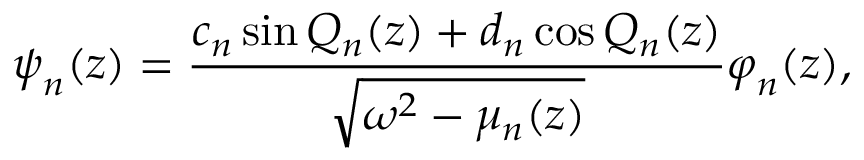
\boldsymbol { \psi } _ { n } ( z ) = \frac { c _ { n } \sin Q _ { n } ( z ) + d _ { n } \cos Q _ { n } ( z ) } { \sqrt { \omega ^ { 2 } - \mu _ { n } ( z ) } } \boldsymbol { \varphi } _ { n } ( z ) ,